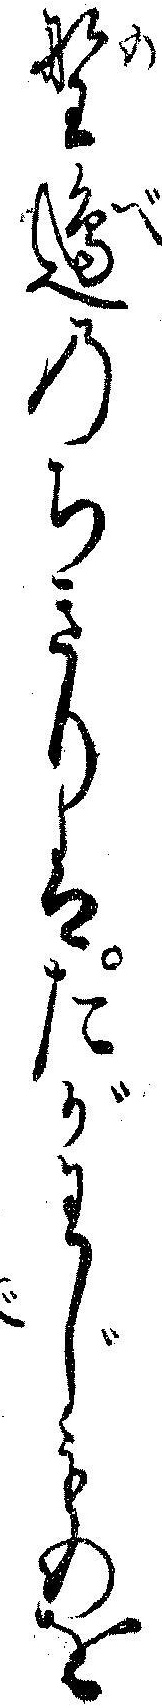
野辺のちきりはたがわじものを